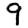
Digit: 9